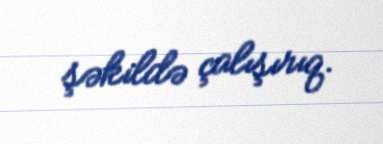
şəkildə çalışırıq.